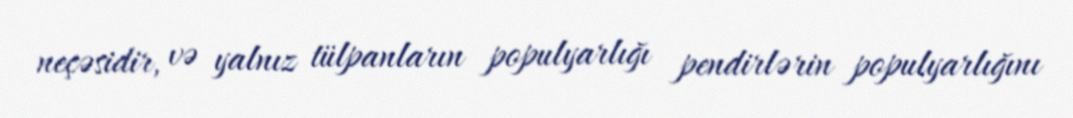
neçəsidir, və yalnız tülpanların populyarlığı pendirlərin populyarlığını